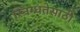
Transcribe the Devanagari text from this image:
स्निग्धतेसाठी